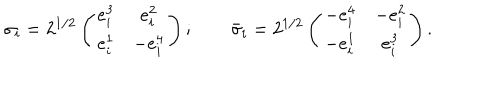
\sigma _ { i } = 2 ^ { 1 / 2 } \left( \begin{array} { c c } { { e _ { i } ^ { 3 } } } & { { e _ { i } ^ { 2 } } } \\ { { e _ { i } ^ { 1 } } } & { { - e _ { i } ^ { 4 } } } \\ \end{array} \right) ; \qquad \bar { \sigma } _ { i } = 2 ^ { 1 / 2 } \left( \begin{array} { c c } { { - e _ { i } ^ { 4 } } } & { { - e _ { i } ^ { 2 } } } \\ { { - e _ { i } ^ { 1 } } } & { { e _ { i } ^ { 3 } } } \\ \end{array} \right) .